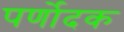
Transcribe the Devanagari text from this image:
पर्णोदक